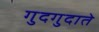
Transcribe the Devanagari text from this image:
गुदगुदाते